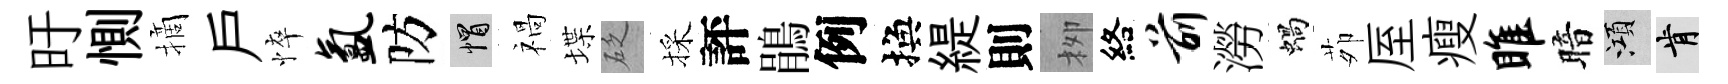
旴惻摘戶悴氲防帽禍堞砭採評鵑例換緹則栁絡前澇蝸茆厔瘦雎暗澒肯